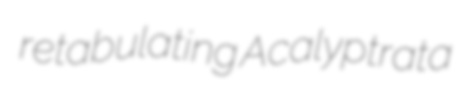
retabulating Acalyptrata